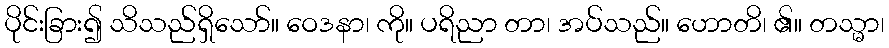
ပိုင်းခြား၍ သိသည်ရှိသော်။ ဝေဒနာ၊ ကို။ ပရိညာ တာ၊ အပ်သည်။ ဟောတိ၊ ၏။ တသ္မာ၊